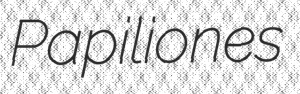
Papiliones